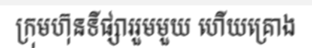
ក្រុមហ៊ុនទីផ្សាររួមមួយ ហើយគ្រោង